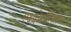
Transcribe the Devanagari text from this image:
एक्ष्प्लोरतिओन